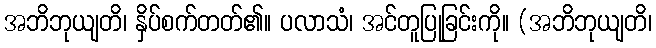
အဘိဘုယျတိ၊ နှိပ်စက်တတ်၏။ ပလာသံ၊ အင်တူပြုခြင်းကို။ (အဘိဘုယျတိ၊